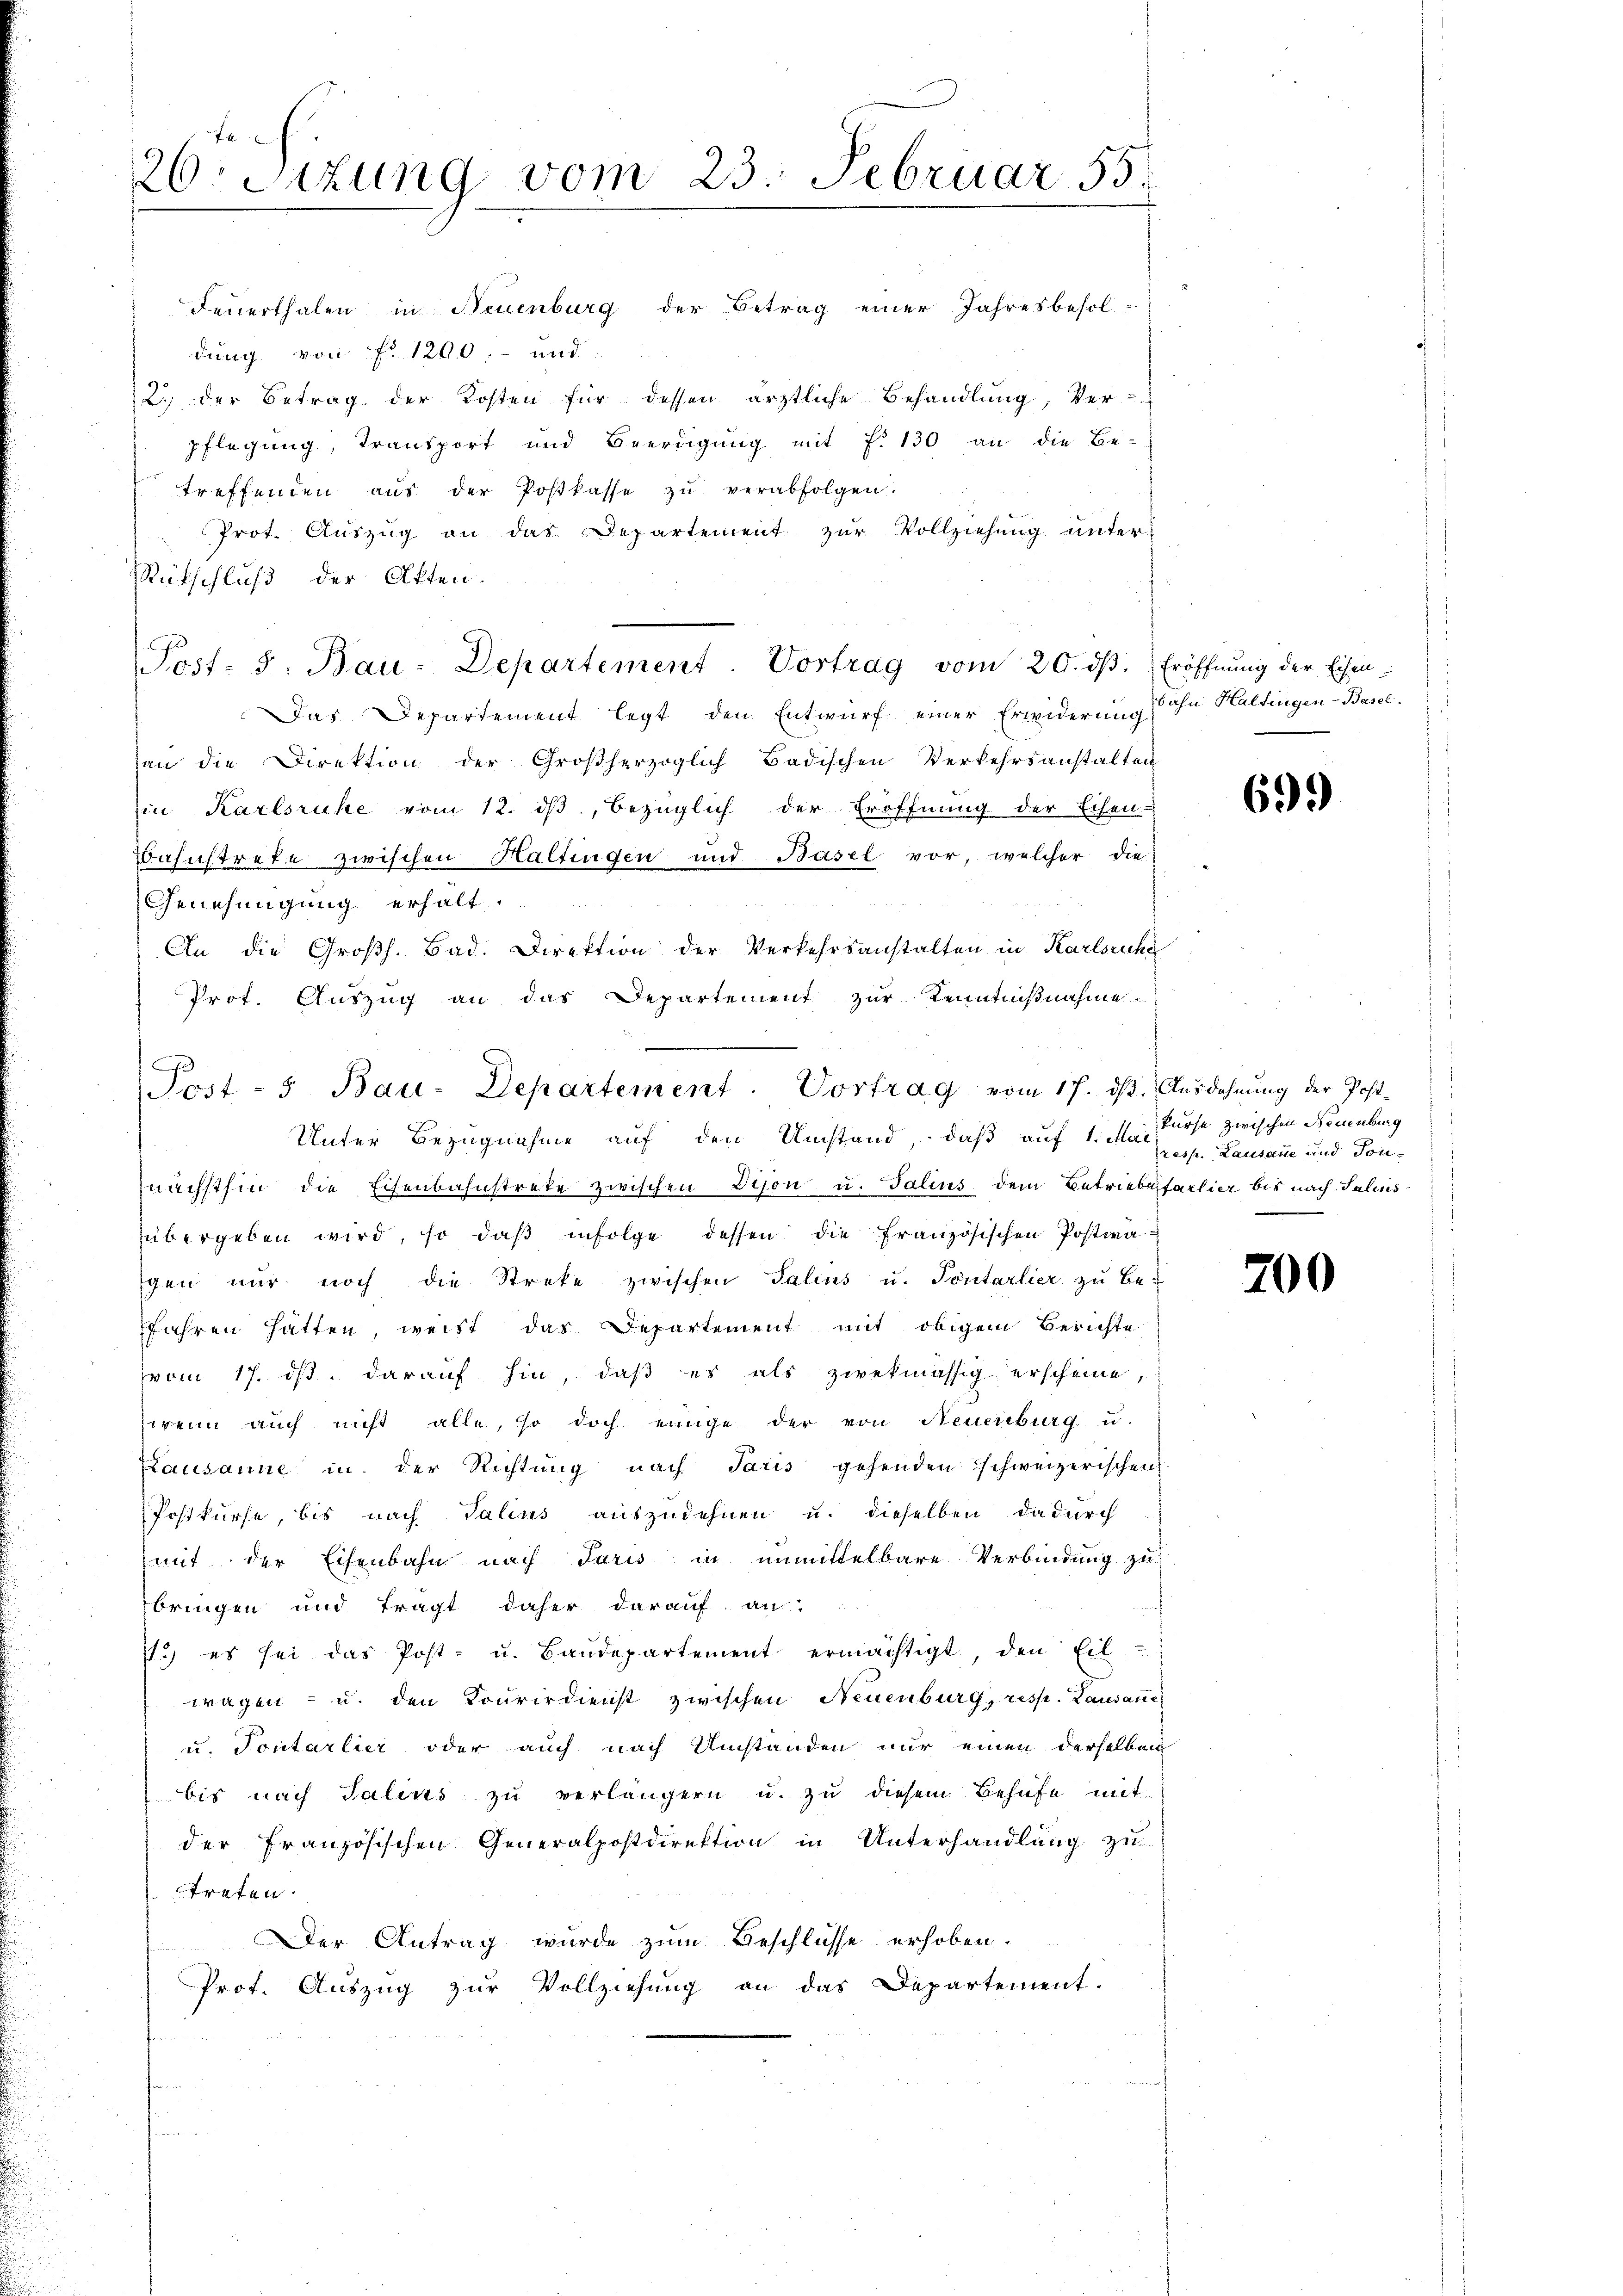
.

u
.
.
u
s

fa
26. Sitzung vom 23. Februar 55.

Feuerthalen in Neuenburg der Betrag einer Jahresbesoldung von fr. 1200.- und
2.) der Betrag der Kosten für dessen ärztliche Behandlung, Ver-
pflegung, Transport und Beerdigung mit f. 130 an die Be-
treffenden aus der Postkasse zu verabfolgen.
Prot. Auszug an das Departement zŭr Vollziehung unter-
Rütschluß der Akten.
Post- J. Bau-Departement. Vortrag vom 20. dβ. Eröffnung der Eisen-
Das Departement legt den Entwurf einer Erwiderung
an die Direktion der Großherzoglich Badischen Verkehrsanstalten
in Karlsruhe vom 12. ds., bezüglich der Eröffnung der Eisen-
ahichtrete zwischen Haltingen und Basel vor, welcher die
Genehmigung erhalt.
An die Großh. Bad. Direktion der Verkehrsanstalten in Karlsruhe
Prot. Auszug an das Departement zur Kenntnißnahme.
Unter Bezugnahme auf den Umstand, daß auf 1. Mai
nächsthin die Eisenbahnstrate zwischen Dison u. Talins dem Betriebefarlier bis nach Salins
übergeben wird, so daß infolge dessen die französischen Postwagen nur noch die Streke zwischen Salins u. Pontarlier zŭ be-
fahren hätten, weist das Departement mit obigem Berichte
vom 17. ds. darauf hin, daß es als zwekmässig erscheine,
zwenn auch nicht alle, so doch einige der von Neuenburg u.
Lausanne in der Richtung nach Paris gehenden schweizerischen
Postkurse, bis nach Talins auszudehnen u. dieselben dadurch
mit der Eisenbahn nach Paris in unmittelbare Verbindung zu
bringen und tragt daher darauf an:
1.) es sei das Post- u. Baŭdepartement ermächtigt, den Eil
wagen - u. den Tourirdienst zwischen Neuenburg, resp. Lausanne
u. Sontarlier oder auch nach Umständen nur einen derselben
bis nach Salins zu verlängern u. zu diesem Behufe mit
der Französischen Generalpostdirektion in Unterhandlung zu
treten.
Der Antrag wurde zum Beschlüsse erhoben.
Prof. Auszug zur Vollziehung an das Departement.
.
n

Post- u Bau-Departement. Vortrag vom 17. dβ. Ausdehnung der Post-

bahn. Haltingen-Basel.

699)

kurse zwischen Neuenburg
resp. Lausanne und Son¬

200